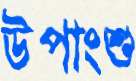
উপাংশু